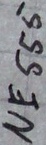
Text: NE555